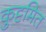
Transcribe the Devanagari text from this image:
कुट्टमित